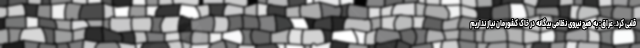
قلبی کرد. عراق: به هیچ نیروی نظامی بیگانه در خاک کشورمان نیاز نداریم